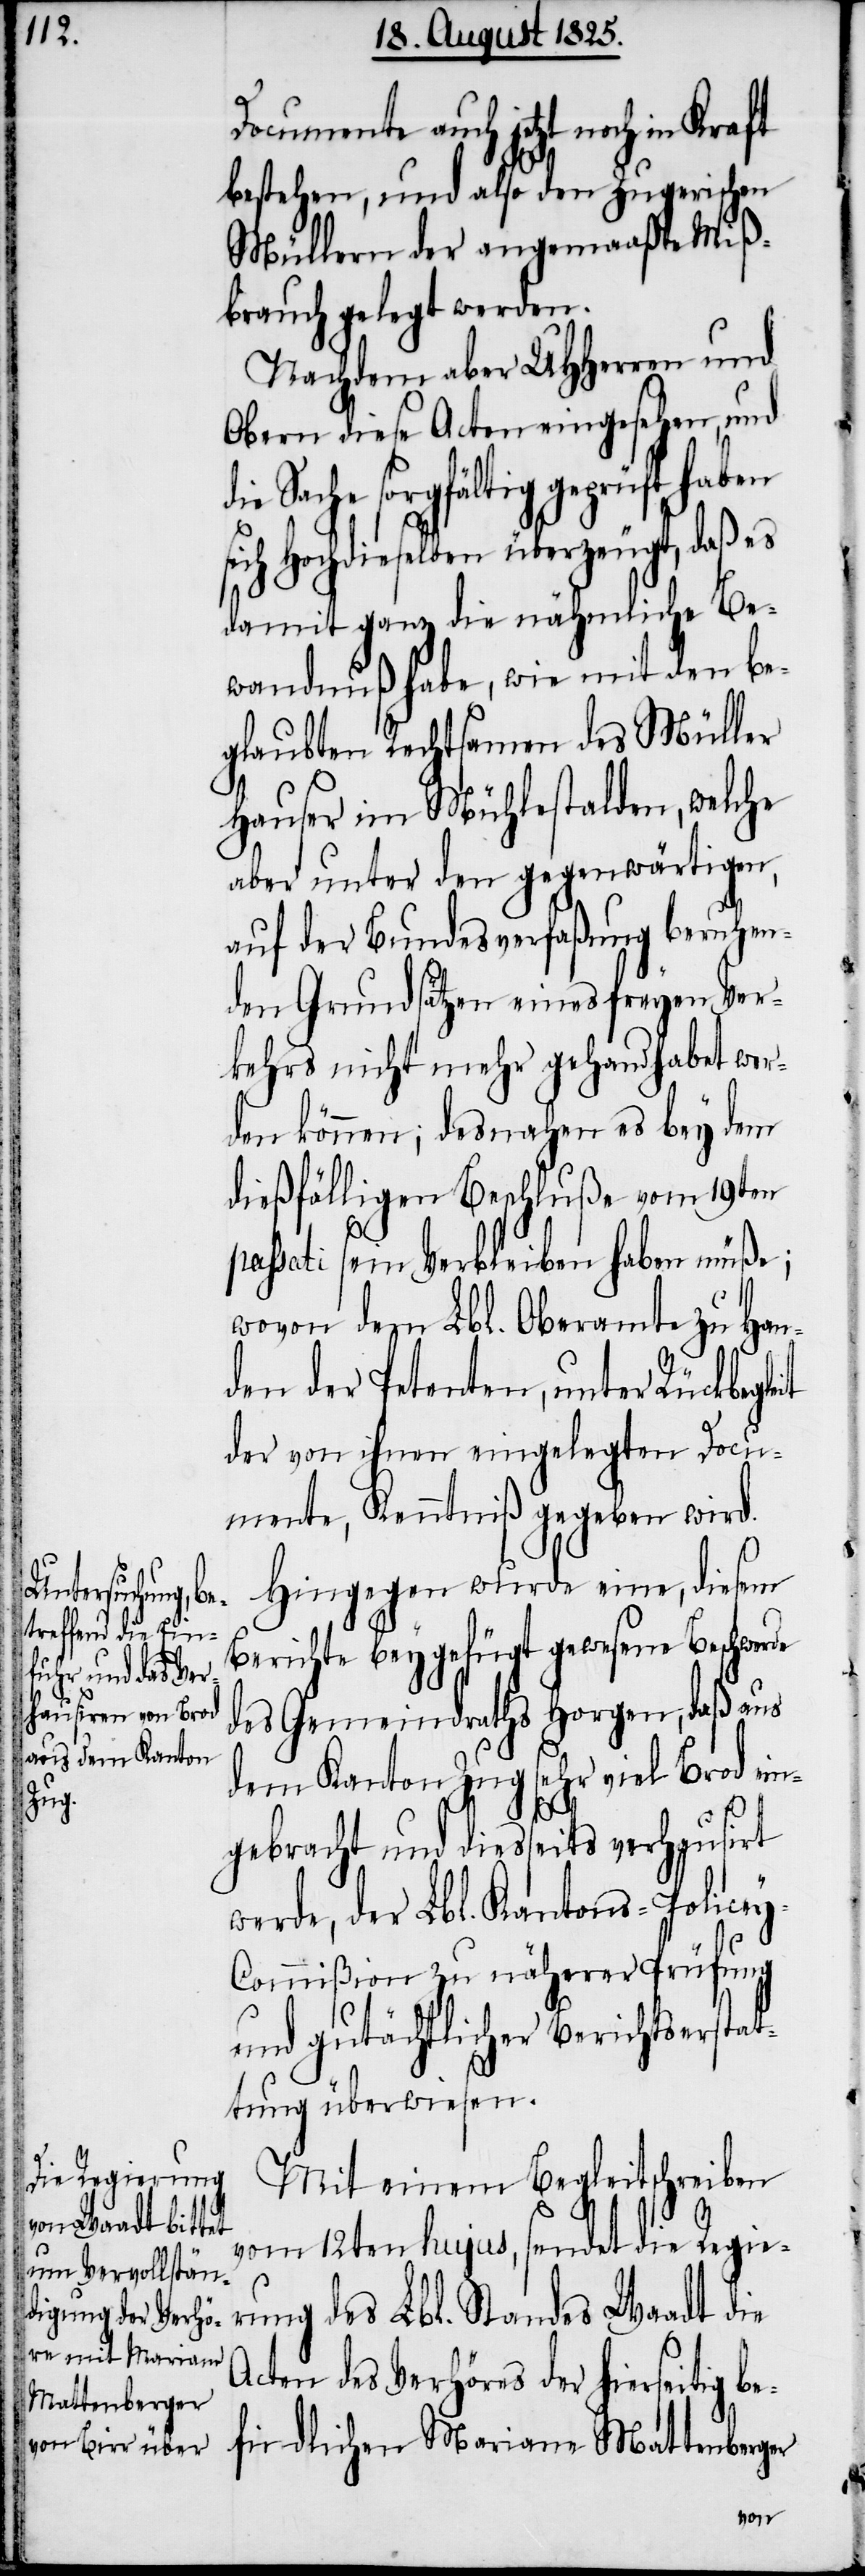
Documente auch jetzt noch in Kraft
bestehen, und also den Zugerischen
Müllern der angemaaßte Miß¬
brauch gelegt werden.
Nachdem aber UHHerren und
Obern diese Acten eingesehen, und
Sache sorgfältig geprüft haben
sich Hochdieselben überzeugt, daß es
damit ganz die nähmliche Be¬
wandnuß habe, wie mit den be¬
glaubten Rechtsamen des Müller
Hauser im Mühlestalden, welche
aber unter den gegenwärtigen,
auf der Bundesverfaßung beruhen¬
den Grundsätzen eines freyen Ver¬
kehrs nicht mehr gehandhabet wer¬
den können; des nahen es bey dem
dießfälligen Beschluße vom 19ten
passati sein Verbleiben haben müße;
wovon dem Lbl. Oberamte zu Han¬
den der Petenten, unter Rückbegle¬
der von ihnen eingelegten Docu¬
mente, Kenntniß gegeben wird.
Hingegen wurde eine, diesem
Berichte beygefügt gewesene Beschwerde
des Gemeindraths Horgen, daß aus
dem Kanton Zug sehr viel Brod ein¬
gebracht und diesseits verhausirt
werde, der Lbl. Kantons-Police¬
y-Commißion zu näherer Prüfung
und gutächtlicher Berichtserstat¬
tung überwiesen.
Mit einem Begleitschreiben
vom 12ten hujus, sendet die Regie¬
rung des Lbl. Standes Waadt die
Acten des Verhöres der hierseitig be¬
findlichen Mariane Mattenber¬
ger